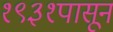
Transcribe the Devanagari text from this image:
१९३१पासून